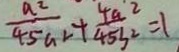
\frac { a ^ { 2 } } { 4 5 a ^ { 2 } } + \frac { 4 a ^ { 2 } } { 4 5 b ^ { 2 } } = 1